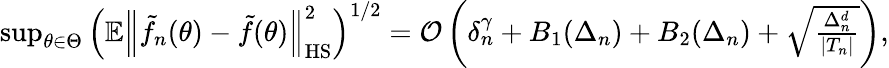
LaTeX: \begin{array}{r}{\operatorname*{sup}_{\theta\in\Theta}\Big(\mathbb{E}\Big\| \tilde{f}_{n}(\theta)-\tilde{f}(\theta){\Big\| }_{\mathrm{HS}}^{2}{\Big)}^{1/2}=\mathcal{O}\left(\delta_{n}^{\gamma}+B_{1}(\Delta_{n})+B_{2}(\Delta_{n})+\sqrt{\frac{\Delta_{n}^{d}}{|T_{n}|}}\right),}\end{array}